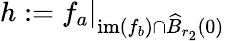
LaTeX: h:=\left.f_{a}\right\vert_{\mathrm{im}(f_{b})\cap\widehat{B}_{r_{2}}(0)}